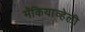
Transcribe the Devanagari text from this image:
मॅकियाव्हेली